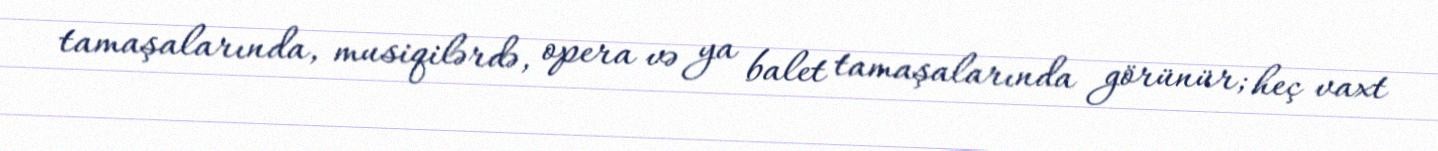
tamaşalarında, musiqilərdə, opera və ya balet tamaşalarında görünür; heç vaxt